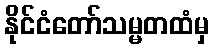
နိုင်ငံတော်သမ္မတထံမှ